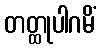
တတ္ထုပါဂမိံ